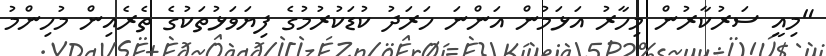
"މިއީ ސަރުކާރުން މިހާރު އަޅަމުން އަންނަ ހަރަދު ކުޑަކުރުމުގެ ފިޔަވަޅުތަކުގެ ތެރެއިން މުހިންމު